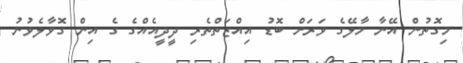
މިގޮތުން އޭނާ މާލޭގެ ވަރަށް ބޮޑު އިއްޒަތްތެރި ދީދީއެއްގެ ގެ އިން ގޮވާލެވުނު